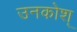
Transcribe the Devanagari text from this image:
उनकोश्